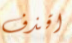
اقذف